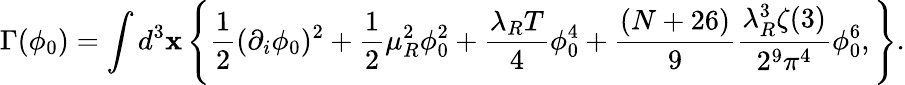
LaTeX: \Gamma(\phi_{0})=\int d^{3}{\mathbf x}\left\{ \frac{1}{2}(\partial_{i}\phi_{0})^{2}+\frac{1}{2}\mu_{R}^{2}\phi_{0}^{2}+\frac{\lambda_{R}T}{4}\phi_{0}^{4}+\frac{(N+26)}{9}\frac{\lambda_{R}^{3}\zeta(3)}{2^{9}\pi^{4}}\phi_{0}^{6},\right\} .